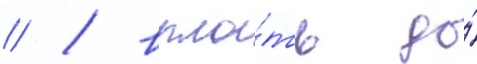
// / впло́ть до́